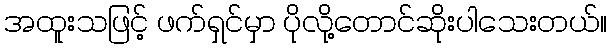
အထူးသဖြင့် ဖက်ရှင်မှာ ပိုလို့တောင်ဆိုးပါသေးတယ်။